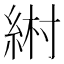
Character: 𦀹